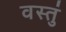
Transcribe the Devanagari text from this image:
वस्तुं